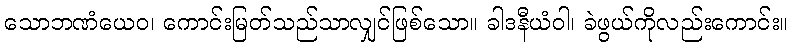
သောဘဏံယေဝ၊ ကောင်းမြတ်သည်သာလျှင်ဖြစ်သော။ ခါဒနီယံဝါ၊ ခဲဖွယ်ကိုလည်းကောင်း။